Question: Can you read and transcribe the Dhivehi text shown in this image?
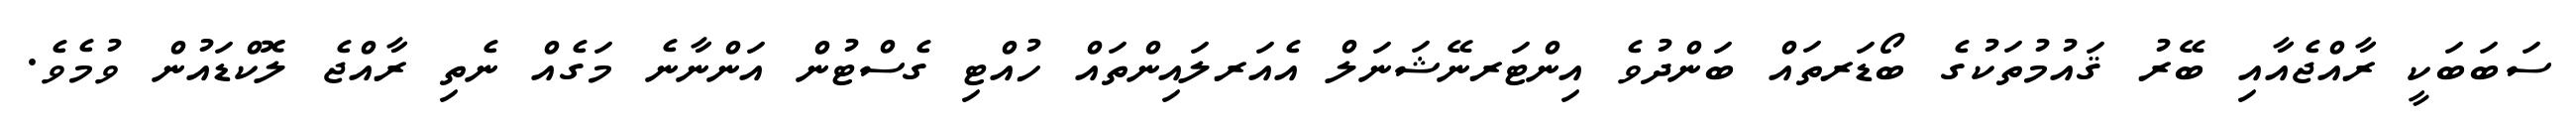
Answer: ސަބަބަކީ ރާއްޖެއާއި ބޭރު ޤައުމުތަކުގެ ބޯޑަރތައް ބަންދުވެ އިންޓަރނޭޝަނަލް އެއަރލައިންތައް ހުއްޓި ގެސްޓުން އަންނާނެ މަގެއް ނެތި ރާއްޖެ ލޮކްޑައުން ވުމެވެ.